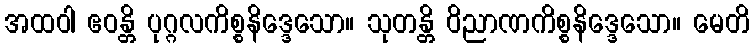
အထဝါ ဧဝန္တိ ပုဂ္ဂလကိစ္စနိဒ္ဒေသော။ သုတန္တိ ဝိညာဏကိစ္စနိဒ္ဒေသော။ မေတိ